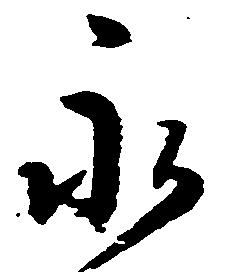
永